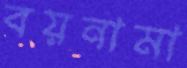
বয়নামা